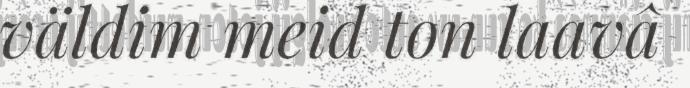
väldim meid ton laavâ